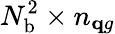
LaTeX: N_{\mathrm{b}}^{2}\times n_{\mathbf qg}